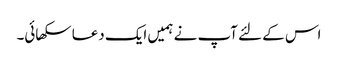
اس کے لئے آپ نے ہمیں ایک دعا سکھائی۔